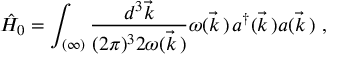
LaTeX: \hat { H } _ { 0 } = \int _ { ( \infty ) } \frac { d ^ { 3 } \vec { k } } { ( 2 \pi ) ^ { 3 } 2 \omega ( \vec { k } \, ) } \omega ( \vec { k } \, ) \, a ^ { \dagger } ( \vec { k } \, ) a ( \vec { k } \, ) \ ,